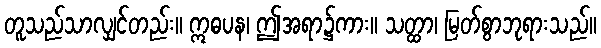
တူသည်သာလျှင်တည်း။ ဣဓပန၊ ဤအရာ၌ကား။ သတ္ထာ၊ မြတ်စွာဘုရားသည်။